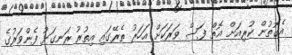
އެގޮތުން ކުރިއަށް އޮތް ފަސް ވަރަކަށް އަހަރު ތެރޭގައި އިތުރު ރަނގަޅު ފެންވަރުގެ